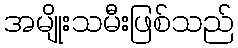
အမျိုးသမီးဖြစ်သည်